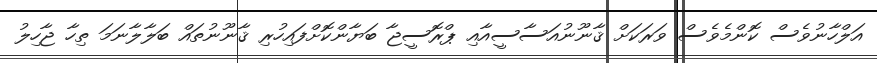
އަލްހާނުވެސް ކޮންމެވެސް ވަރަކަށް ޤާނޫނުއަސާސީއާއި ޕްރޮސީޖާ ބަޔާންކޮށްފައިހުރި ޤާނޫނުތައް ބަލާލާނަމަ ތިހާ ޖާހިލު